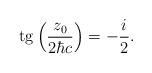
LaTeX: \begin{align*}{\rm tg}\left(\frac{z_0}{2{\hbar}c}\right) = - \frac{i}{2}.\end{align*}